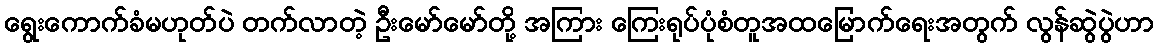
ရွေးကောက်ခံမဟုတ်ပဲ တက်လာတဲ့ ဦးမော်မော်တို့ အကြား ကြေးရုပ်ပုံစံတူအထမြောက်ရေးအတွက် လွန်ဆွဲပွဲဟာ